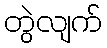
တွဲလျက်